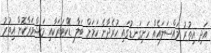
އަދި އިތުރު މައްސަލައެއް ހަށިގަނޑުގައި ހުރެދާނެ ކަމަށް ބަލާ ޑޮކްޓަރަކާއި މަޝްވަރާކޮށް އިތުރު